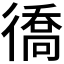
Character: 𢕪